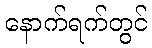
နောက်ရက်တွင်